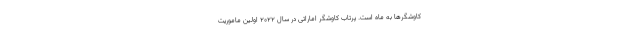
کاوشگرها به ماه است. پرتاب کاوشگر اماراتی در سال ۲۰۲۲ اولین ماموریت